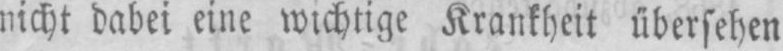
nicht dabei eine wichtige Krankheit übersehen